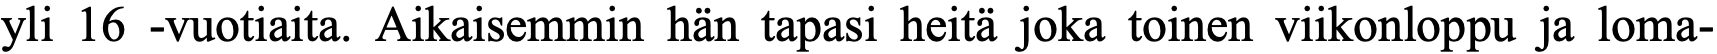
yli 16 -vuotiaita. Aikaisemmin hän tapasi heitä joka toinen viikonloppu ja loma-